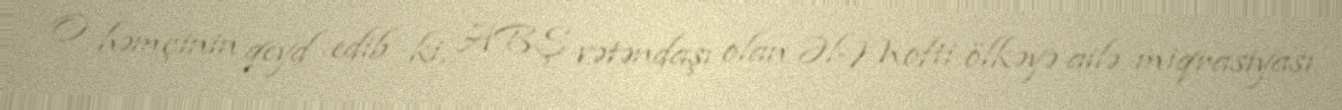
O həmçinin qeyd edib ki, ABŞ vətəndaşı olan Əl-Mofti ölkəyə ailə miqrasiyası